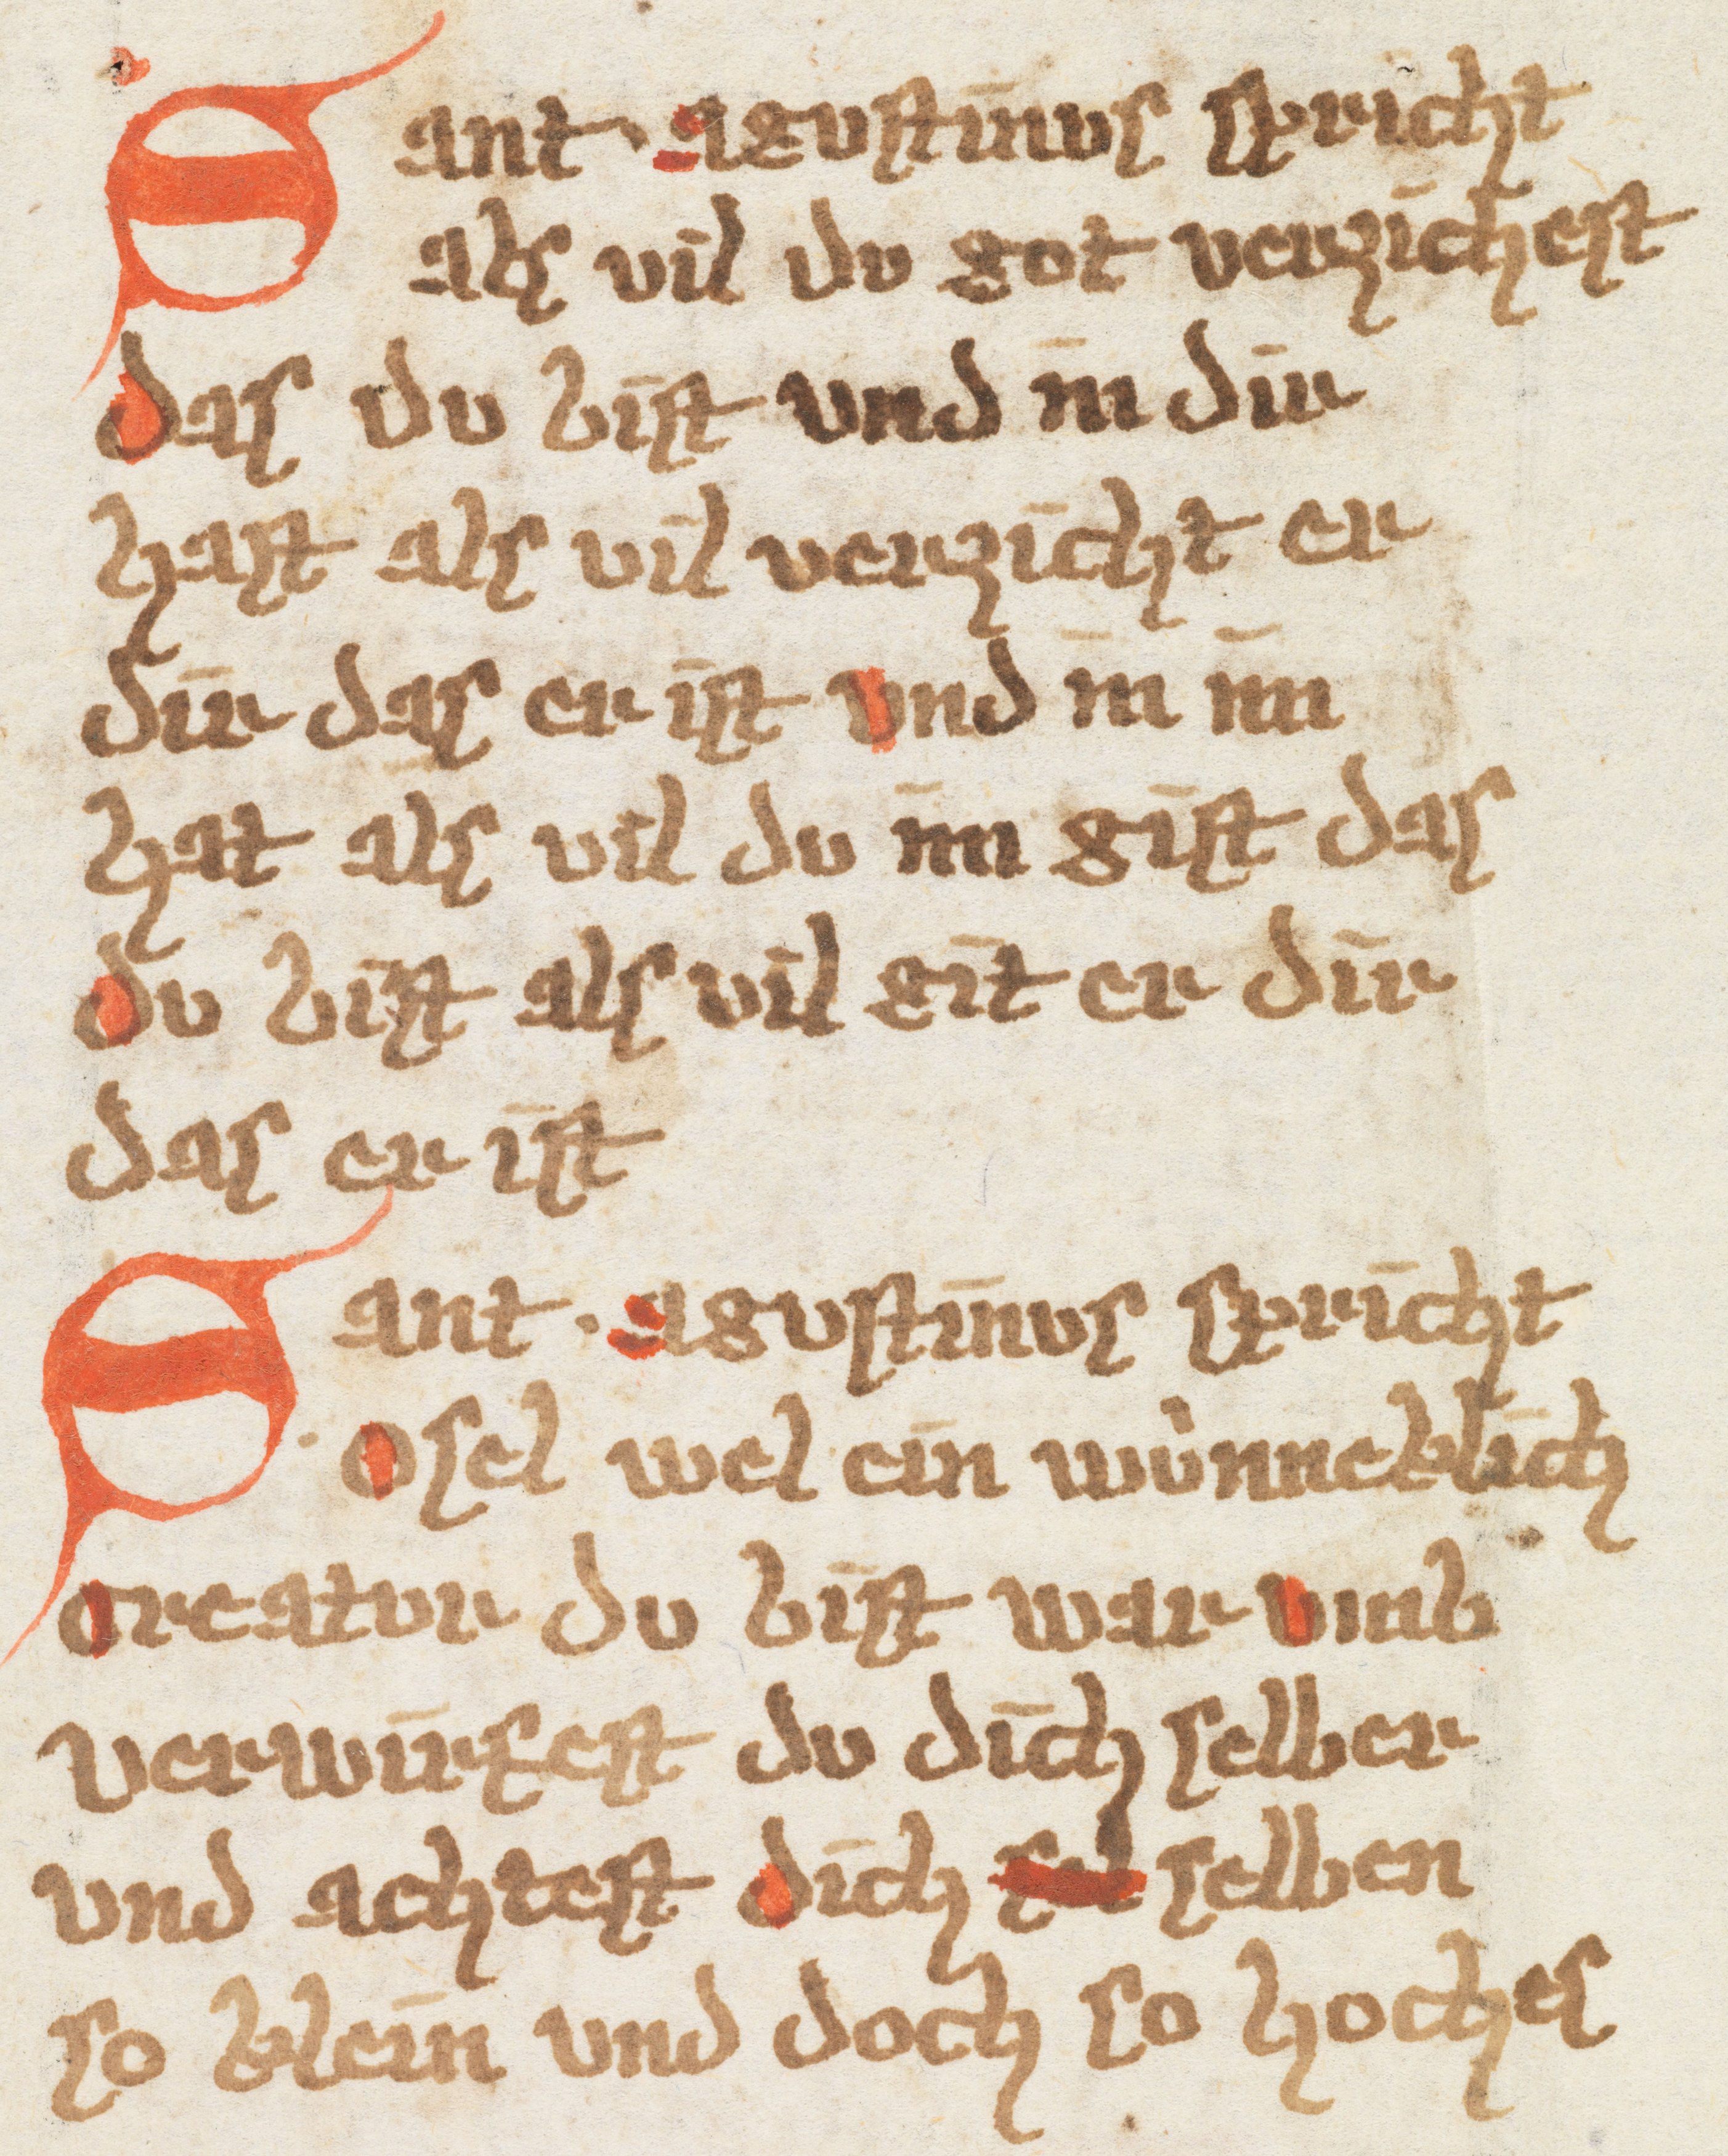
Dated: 1385–1415